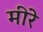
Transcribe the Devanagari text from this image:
मीरे